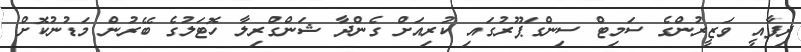
ދިފާއީ ވަޒީރުންގެ ސަމިޓް ސިންގަޕޫރުގައި ކުރިއަށް ގެންދާ ޝަންގްރިލާ ހޮޓަލުގެ ބޭރުން މަޑުނުކޮށް